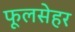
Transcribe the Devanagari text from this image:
फूलसेहर